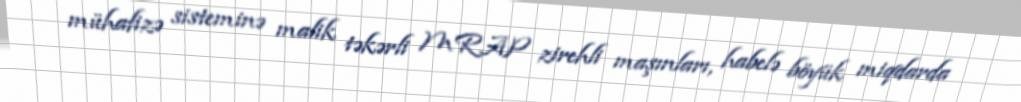
mühafizə sisteminə malik təkərli MRAP zirehli maşınları, habelə böyük miqdarda